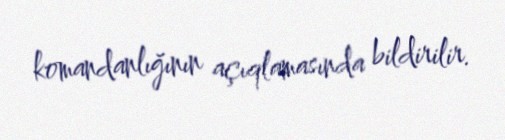
komandanlığının açıqlamasında bildirilir.